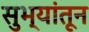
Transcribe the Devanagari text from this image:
सुभ्यांतून